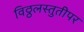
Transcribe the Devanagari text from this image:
विठ्ठलस्तुतीपर